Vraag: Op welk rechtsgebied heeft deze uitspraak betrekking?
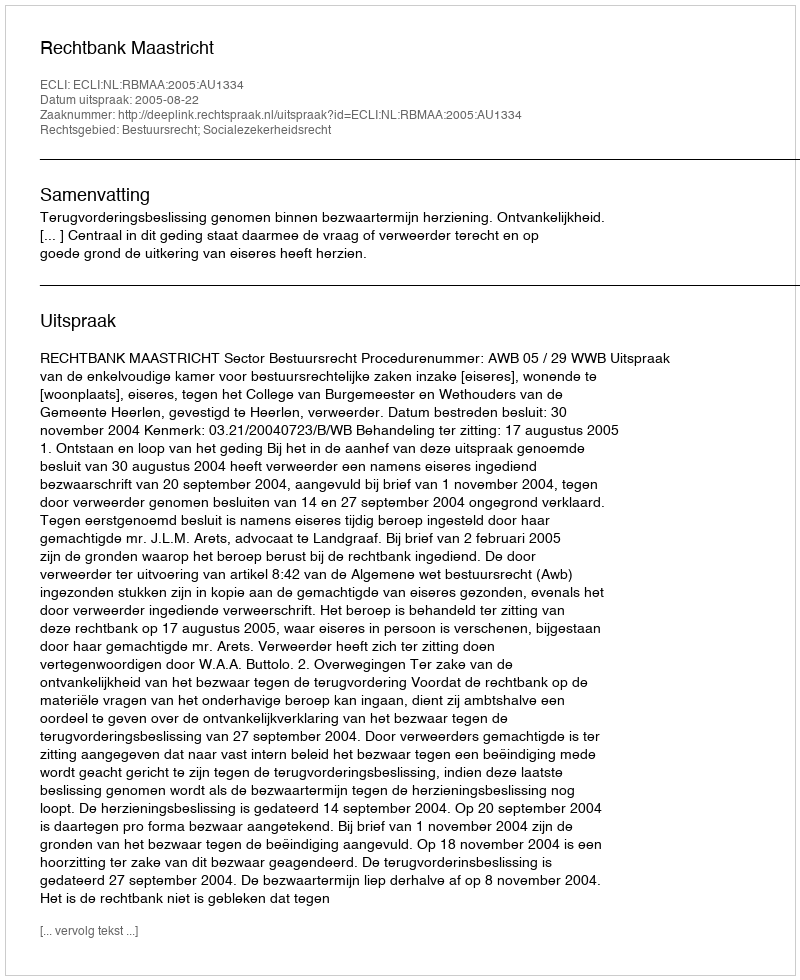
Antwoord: Bestuursrecht; Socialezekerheidsrecht